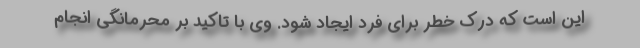
این است که درک خطر برای فرد ایجاد شود. وی با تاکید بر محرمانگی انجام